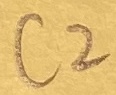
Text: C2